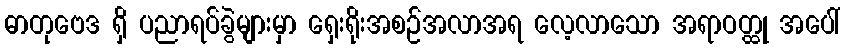
ဓာတုဗေဒ ရှိ ပညာရပ်ခွဲများမှာ ရှေးရိုးအစဉ်အလာအရ လေ့လာသော အရာဝတ္ထု အပေါ်